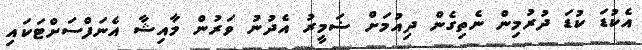
އެކުޑަ ކުޑަ ދުރުމިން ނެތިގެން ދިއުމަށް ޟަމީރު އެދުނު ވަރުން މާއިޝާ އެނަފްސަށްޓަކައި